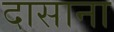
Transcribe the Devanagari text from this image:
दासाना